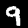
Label: 9